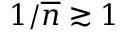
1 / \overline { { n } } \gtrsim 1